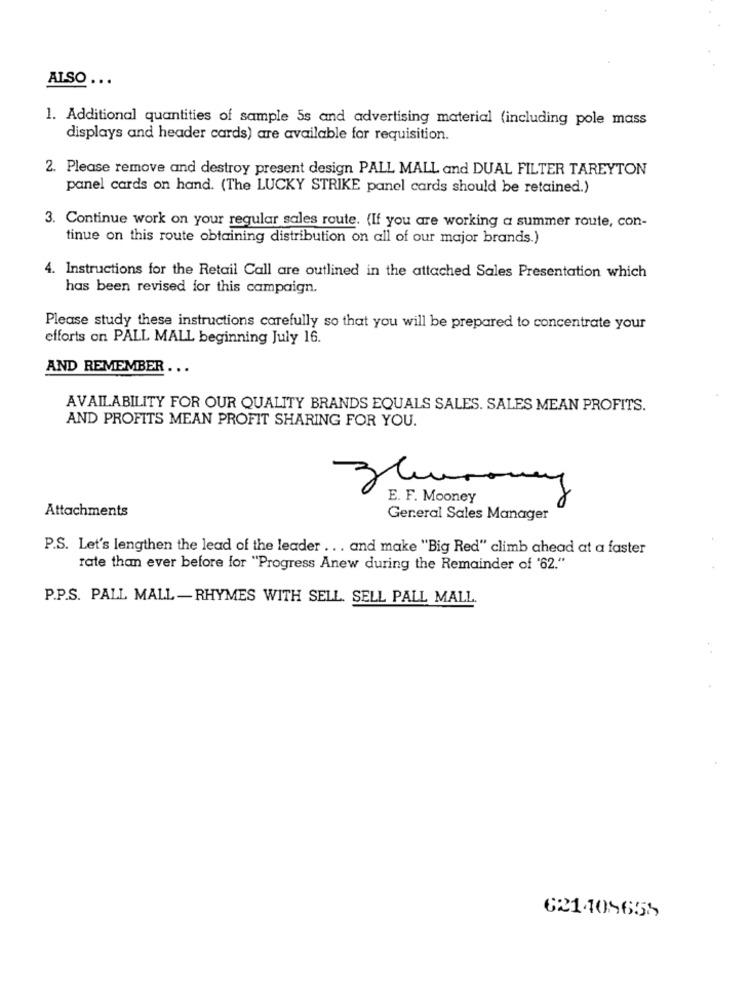
ALSO ...
1. Additional quantities of sample 5s and advertising material (including pole mass
displays and header cards) are available for requisition.
2. Please remove and destroy present design PALL MALL and DUAL FILTER TAREYTON
panel cards on hand. (The LUCKY STRIKE panel cards should be retained.)
3. Continue work on your regular sales route. (If you are working a summer route, con-
tinue on this route obtaining distribution on all of our major brands.)
4. Instructions for the Retail Call are outlined in the attached Sales Presentation which
has been revised for this campaign.
Please study these instructions carefully so that you will be prepared to concentrate your
efforts on PALL MALL beginning July 16.
AND REMEMBER ...
AVAILABILITY FOR OUR QUALITY BRANDS EQUALS SALES. SALES MEAN PROFITS.
AND PROFITS MEAN PROFIT SHARING FOR YOU.
E. F. Mooney
Attachments
General Sales Manager
P.S. Let's lengthen the lead of the leader ... and make "Big Red" climb ahead at a faster
rate than ever before for "Progress Anew during the Remainder of '62."
P.P.S. PALL MALL -RHYMES WITH SELL. SELL PALL MALL
621409655